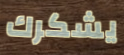
يشكرك